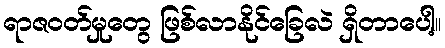
ရာဇဝတ်မှုတွေ ဖြစ်လာနိုင်ခြေလဲ ရှိတာပေါ့။